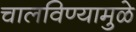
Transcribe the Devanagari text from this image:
चालविण्यामुळे